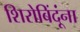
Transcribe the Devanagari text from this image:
शिरोबिंदूंना